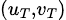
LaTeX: \scriptstyle(u_{T},v_{T})